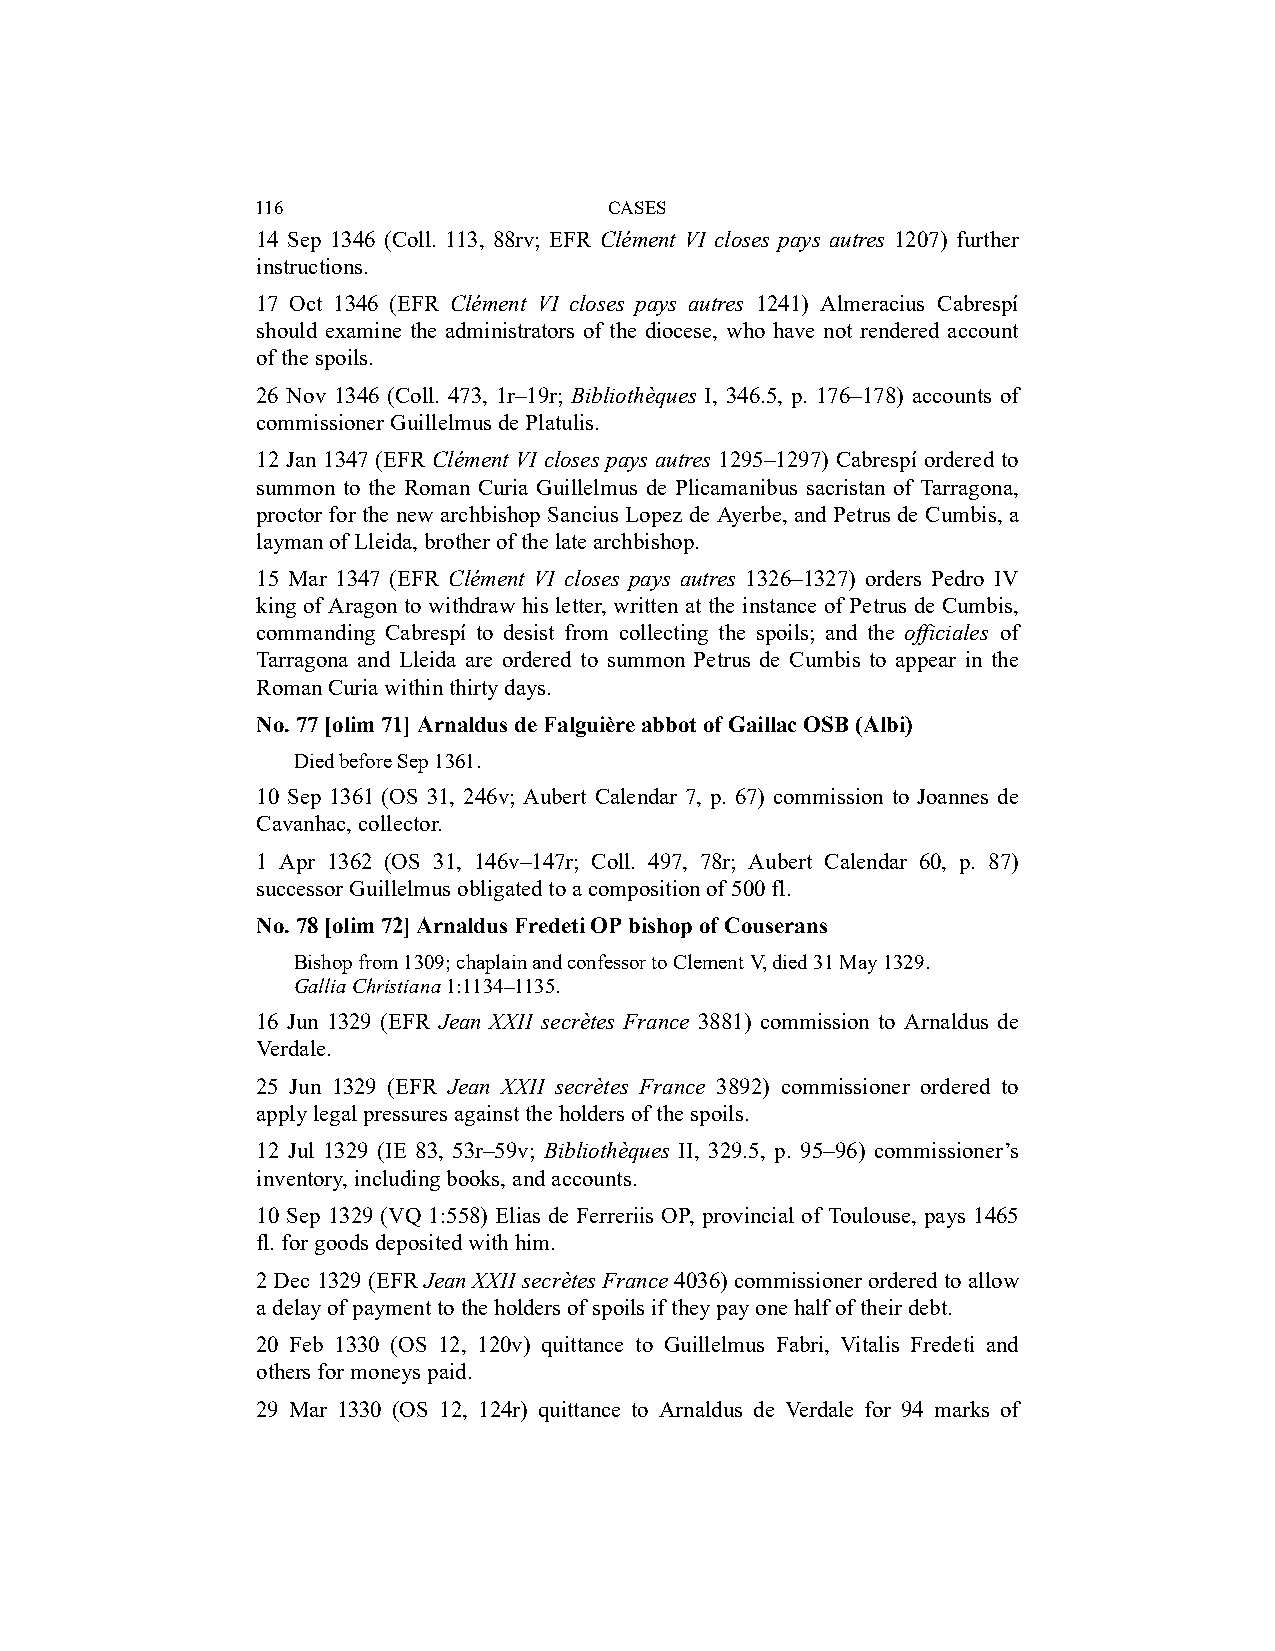
116                    CASES
 14 Sep 1346 (Coll. 113, 88rv; EFR Clément VI closes pays autres 1207) further
 instructions.
 17 Oct 1346 (EFR Clément VI closes pays autres 1241) Almeracius Cabrespí
 should examine the administrators of the diocese, who have not rendered account
 of the spoils.
 26 Nov 1346 (Coll. 473, 1r–19r; Bibliothèques I, 346.5, p. 176–178) accounts of
 commissioner Guillelmus de Platulis.
 12 Jan 1347 (EFR Clément VI closes pays autres 1295–1297) Cabrespí ordered to
 summon to the Roman Curia Guillelmus de Plicamanibus sacristan of Tarragona,
 proctor for the new archbishop Sancius Lopez de Ayerbe, and Petrus de Cumbis, a
 layman of Lleida, brother of the late archbishop.
 15 Mar 1347 (EFR Clément VI closes pays autres 1326–1327) orders Pedro IV
 king of Aragon to withdraw his letter, written at the instance of Petrus de Cumbis,
 commanding Cabrespí to desist from collecting the spoils; and the officiales of
 Tarragona and Lleida are ordered to summon Petrus de Cumbis to appear in the
 Roman Curia within thirty days.
 No. 77 [olim 71] Arnaldus de Falguière abbot of Gaillac OSB (Albi)
 Died before Sep 1361.
 10 Sep 1361 (OS 31, 246v; Aubert Calendar 7, p. 67) commission to Joannes de
 Cavanhac, collector.
 1 Apr 1362 (OS 31, 146v–147r; Coll. 497, 78r; Aubert Calendar 60, p. 87)
 successor Guillelmus obligated to a composition of 500 fl.
 No. 78 [olim 72] Arnaldus Fredeti OP bishop of Couserans
 Bishop from 1309; chaplain and confessor to Clement V, died 31 May 1329.
 Gallia Christiana 1:1134–1135.
 16 Jun 1329 (EFR Jean XXII secrètes France 3881) commission to Arnaldus de
 Verdale.
 25 Jun 1329 (EFR Jean XXII secrètes France 3892) commissioner ordered to
 apply legal pressures against the holders of the spoils.
 12 Jul 1329 (IE 83, 53r–59v; Bibliothèques II, 329.5, p. 95–96) commissioner’s
 inventory, including books, and accounts.
 10 Sep 1329 (VQ 1:558) Elias de Ferreriis OP, provincial of Toulouse, pays 1465
 fl. for goods deposited with him.
 2 Dec 1329 (EFR Jean XXII secrètes France 4036) commissioner ordered to allow
 a delay of payment to the holders of spoils if they pay one half of their debt.
 20 Feb 1330 (OS 12, 120v) quittance to Guillelmus Fabri, Vitalis Fredeti and
 others for moneys paid.
 29 Mar 1330 (OS 12, 124r) quittance to Arnaldus de Verdale for 94 marks of